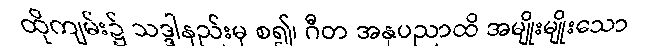
ထိုကျမ်း၌ သဒ္ဒါနည်းမှ စ၍၊ ဂီတ အနုပညာထိ အမျိုးမျိုးသော